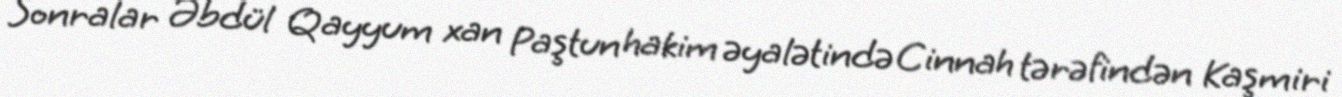
Sonralar Əbdül Qayyum xan Paştun hakim əyalətində Cinnah tərəfindən Kaşmiri